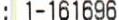
: 1-161696